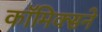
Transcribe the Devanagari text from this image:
कॉमिक्सने